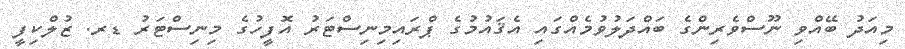
މިއަދު ބޭއްވި ނޫސްވެރިންގެ ބައްދަލުވުމެއްގައި އެޤައުމުގެ ޕްރައިމިނިސްޓަރު އޮފީހުގެ މިނިސްޓަރު ޑރ. ޒުލްކިފީ